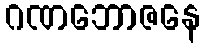
ဂဏဘောဇနေ